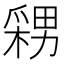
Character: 𭫫